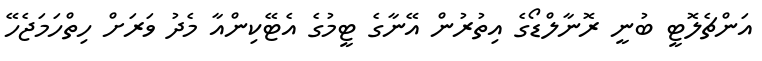
އަންޗެލޮޓީ ބުނީ ރޮނާލްޑޯގެ އިތުރުން އޭނާގެ ޓީމުގެ އެޓޭކިންއާ މެދު ވަރަށް ހިތްހަމަޖެހޭ